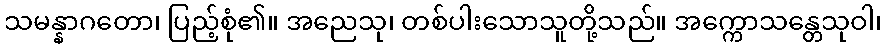
သမန္နာဂတော၊ ပြည့်စုံ၏။ အညေသု၊ တစ်ပါးသောသူတို့သည်။ အက္ကောသန္တေသုဝါ၊